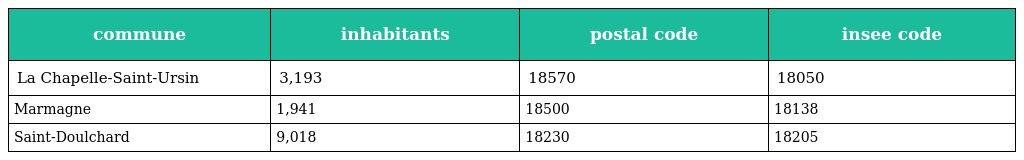
| commune | inhabitants | postal code | insee code |
 | --- | --- | --- | --- |
 | La Chapelle-Saint-Ursin | 3,193 | 18570 | 18050 |
 | Marmagne | 1,941 | 18500 | 18138 |
 | Saint-Doulchard | 9,018 | 18230 | 18205 |